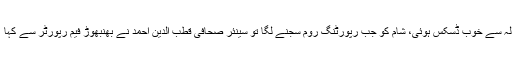
یہ خبر بھنبھوڑنے کے حوالہ سے خوب ڈسکس ہوئی، شام کو جب رپورٹنگ روم سجنے لگا تو سینئر صحافی قطب الدین احمد نے بھنبھوڑ فیم رپورٹر سے کہا ’’ کیا بات ہے بھائی یوسف!